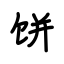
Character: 饼